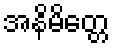
အနိမိတ္တေ